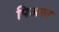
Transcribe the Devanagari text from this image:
पिअस्त